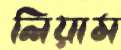
লিয়াম